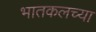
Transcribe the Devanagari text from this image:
भातकलच्या